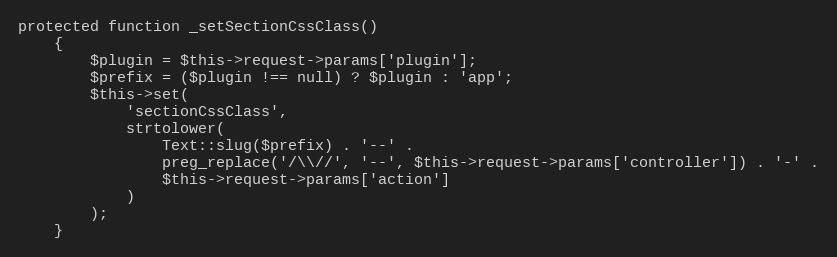
Language: PHP
protected function _setSectionCssClass()
    {
        $plugin = $this->request->params['plugin'];
        $prefix = ($plugin !== null) ? $plugin : 'app';
        $this->set(
            'sectionCssClass',
            strtolower(
                Text::slug($prefix) . '--' .
                preg_replace('/\\//', '--', $this->request->params['controller']) . '-' .
                $this->request->params['action']
            )
        );
    }